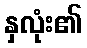
နှလုံး၏